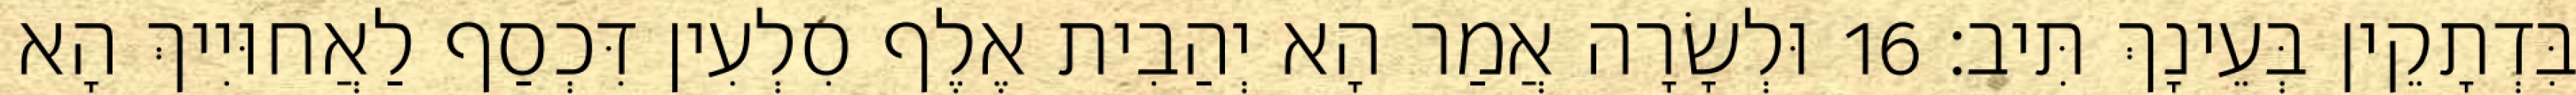
בִּדְתָקֵין בְּעֵינָךְ תִּיב׃ 16 וּלְשָׂרָה אֲמַר הָא יְהַבִית אֶלֶף סִלְעִין דִּכְסַף לַאֲחוּיִיךְ הָא